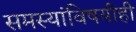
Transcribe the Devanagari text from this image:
समस्यांविषयीही